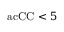
\mathrm { \ a c { C C } } < 5 \